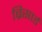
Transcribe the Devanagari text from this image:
ब्रिसार्ड